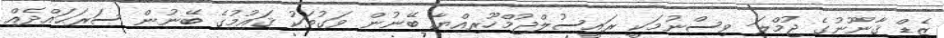
ޒެޑް ޤާނޫނުގެ ޖުމްލަ ވިސްނުމަކީ ރައީސުލްޖުމްހޫރިއްޔާ ބޭނުން ވަގުތަކު ޤައުމުގެ ބޭނުން ސަރަޙައްދެއް